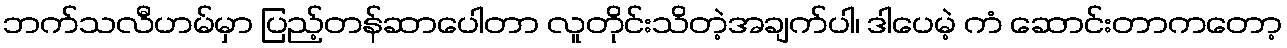
ဘက်သလီဟမ်မှာ ပြည့်တန်ဆာပေါတာ လူတိုင်းသိတဲ့အချက်ပါ၊ ဒါပေမဲ့ ကံ ဆောင်းတာကတော့